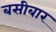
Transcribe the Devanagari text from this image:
बसीबार